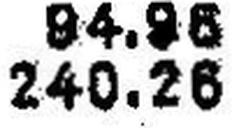
240.26